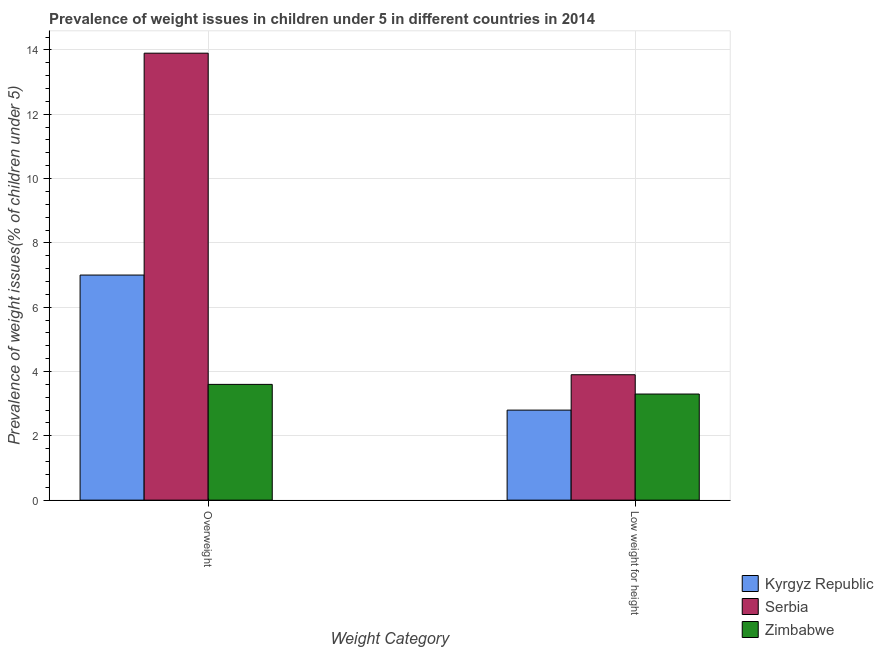
| Weight Category | Kyrgyz Republic | Serbia | Zimbabwe |
 | --- | --- | --- | --- |
 | Overweight | 7 | 13.9 | 3.6 |
 | Low weight for height | 2.8 | 3.9 | 3.3 |